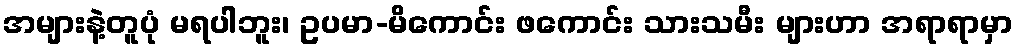
အများနဲ့တူပုံ မရပါဘူး၊ ဥပမာ-မိကောင်း ဖကောင်း သားသမီး များဟာ အရာရာမှာ